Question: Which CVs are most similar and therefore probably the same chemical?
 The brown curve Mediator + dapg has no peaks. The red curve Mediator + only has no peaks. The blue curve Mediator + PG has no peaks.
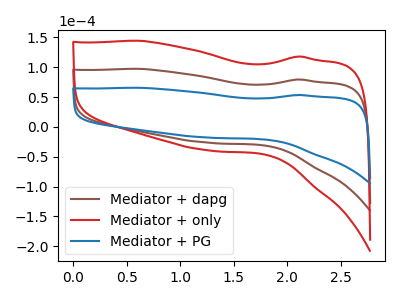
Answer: <think>Neither "Mediator + dapg" or "Mediator + only" have any peaks. Neither "Mediator + dapg" or "Mediator + PG" have any peaks. Neither "Mediator + only" or "Mediator + PG" have any peaks.
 </think>
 <answer>"Mediator + PG", "Mediator + dapg" and "Mediator + only" have the same shape and are likely CV's of the same chemical.</answer>
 <eval>"Mediator + PG" "Mediator + dapg" "Mediator + only"</eval>